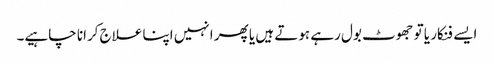
ایسے فنکار یا تو جھوٹ بول رہے ہوتے ہیں یا پھر انہیں اپنا علاج کرانا چاہیے۔